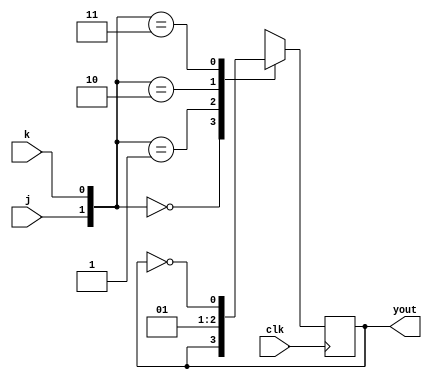
module JK_flipflop(input j,k,clk,output yout);

reg yout;

always @ (posedge clk)
case({j,k})
2'b00 : yout <= yout;
2'b01 : yout <= 0;
2'b10 : yout <= 1;
2'b11 : yout <= ~yout;
endcase

endmodule